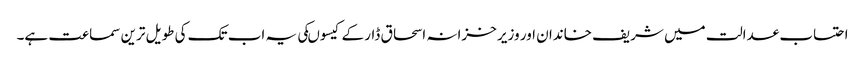
احتساب عدالت میں شریف خاندان اور وزیر خزانہ اسحاق ڈار کے کیسوںکی یہ اب تک کی طویل ترین سماعت ہے۔